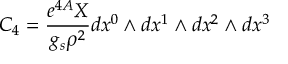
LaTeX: E _ { C } ( R , T = 0 , m ) = = - \frac { R } { \pi } \int _ { 0 } ^ { \infty } \frac { \omega \, d \omega } { g ( \omega ) - 1 } \left( 1 - \frac { 2 m M _ { 0 } ^ { 2 } } { R ( \omega ^ { 2 } m ^ { 2 } - M _ { 0 } ^ { 4 } ) } \right) \, { , }